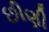
છીણી